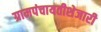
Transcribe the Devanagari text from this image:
ग्रामपंचायतीशेजारी